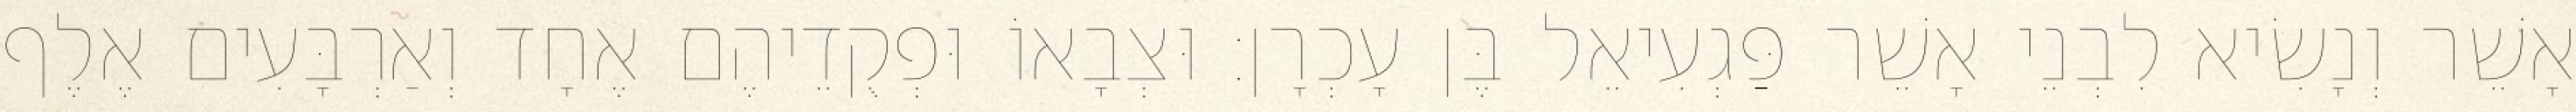
אָשֵׁר וְנָשִׂיא לִבְנֵי אָשֵׁר פַּגְעִיאֵל בֶּן עָכְרָן׃ וּצְבָאוֹ וּפְקֻדֵיהֶם אֶחָד וְאַרְבָּעִים אֶלֶף